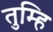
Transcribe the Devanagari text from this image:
तुम्हि